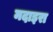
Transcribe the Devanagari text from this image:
मदाइरा